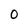
Character: 0